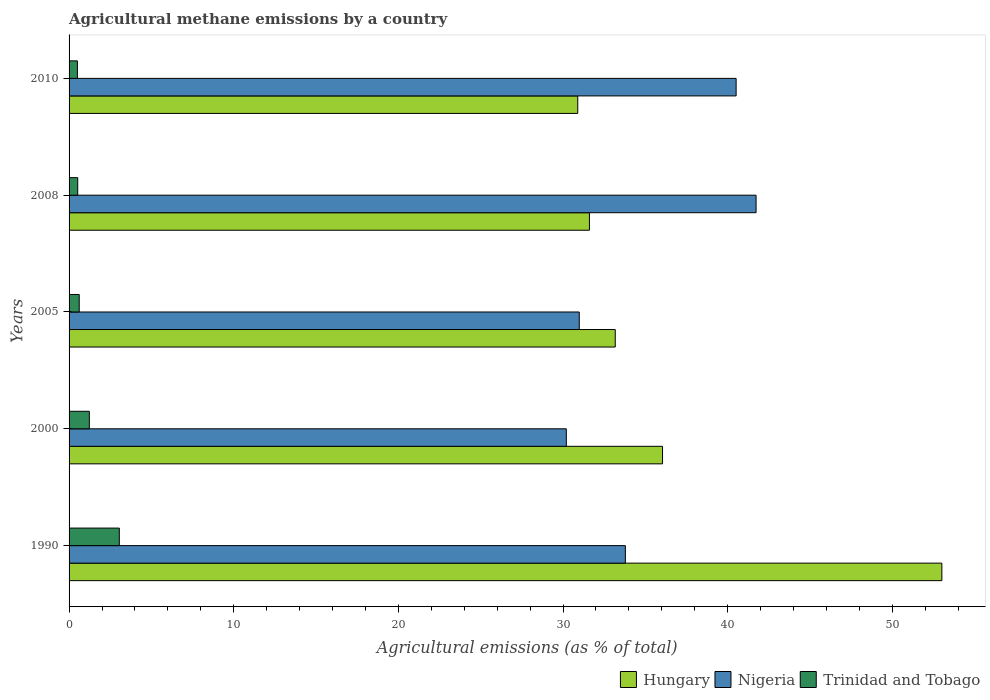
| Years | Hungary | Nigeria | Trinidad and Tobago |
 | --- | --- | --- | --- |
 | 1990 | 53 | 33.8 | 3.05 |
 | 2000 | 36 | 30.2 | 1.23 |
 | 2005 | 33.2 | 31 | 0.616 |
 | 2008 | 31.6 | 41.7 | 0.526 |
 | 2010 | 30.9 | 40.5 | 0.506 |